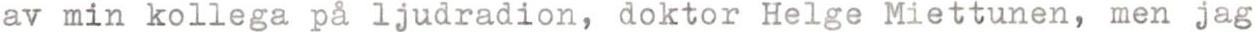
av min kollega på ljudradion, doktor Helge Miettunen, men jag